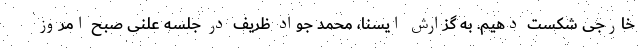
خارجی شکست دهیم. به گزارش ایسنا، محمد جواد ظریف در جلسه علنی صبح امروز